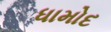
ધામોદ